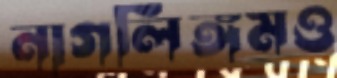
নাগলিঙ্গমও